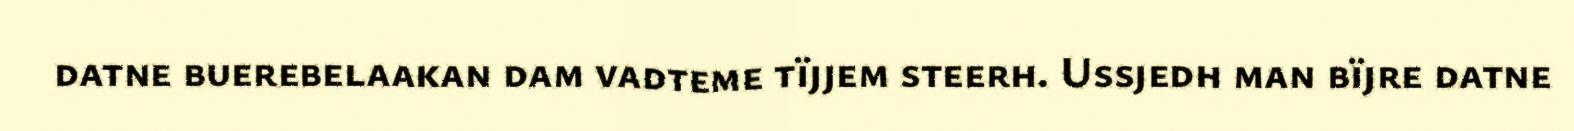
datne buerebelaakan dam vadteme tïjjem steerh. Ussjedh man bïjre datne